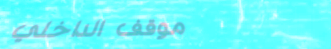
موقف الداخلي